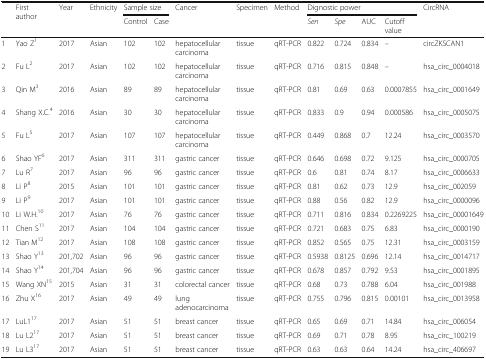
<table><thead><tr><td rowspan="2"></td><td rowspan="2"><b>First author</b></td><td rowspan="2"><b>Year</b></td><td rowspan="2"><b>Ethnicity</b></td><td colspan="2"><b>Sample size</b></td><td rowspan="2"><b>Cancer</b></td><td rowspan="2"><b>Specimen</b></td><td rowspan="2"><b>Method</b></td><td colspan="4"><b>Dignostic power</b></td><td rowspan="2"><b>CircRNA</b></td></tr><tr><td><b>Control</b></td><td><b>Case</b></td><td><b><i>Sen</i></b></td><td><b><i>Spe</i></b></td><td><b>AUC</b></td><td><b>Cutoff value</b></td></tr></thead><tbody><tr><td>1</td><td>Yao Z<sup>1</sup></td><td>2017</td><td>Asian</td><td>102</td><td>102</td><td>hepatocellular carcinoma</td><td>tissue</td><td>qRT-PCR</td><td>0.822</td><td>0.724</td><td>0.834</td><td>–</td><td>circZKSCAN1</td></tr><tr><td>2</td><td>Fu L<sup>2</sup></td><td>2017</td><td>Asian</td><td>102</td><td>102</td><td>hepatocellular carcinoma</td><td>tissue</td><td>qRT-PCR</td><td>0.716</td><td>0.815</td><td>0.848</td><td>–</td><td>hsa_circ_0004018</td></tr><tr><td>3</td><td>Qin M<sup>3</sup></td><td>2016</td><td>Asian</td><td>89</td><td>89</td><td>hepatocellular carcinoma</td><td>tissue</td><td>qRT-PCR</td><td>0.81</td><td>0.69</td><td>0.63</td><td>0.0007855</td><td>hsa_circ_0001649</td></tr><tr><td>4</td><td>Shang X.C.<sup>4</sup></td><td>2016</td><td>Asian</td><td>30</td><td>30</td><td>hepatocellular carcinoma</td><td>tissue</td><td>qRT-PCR</td><td>0.833</td><td>0.9</td><td>0.94</td><td>0.000586</td><td>hsa_circ_0005075</td></tr><tr><td>5</td><td>Fu L<sup>5</sup></td><td>2017</td><td>Asian</td><td>107</td><td>107</td><td>hepatocellular carcinoma</td><td>tissue</td><td>qRT-PCR</td><td>0.449</td><td>0.868</td><td>0.7</td><td>12.24</td><td>hsa_circ_0003570</td></tr><tr><td>6</td><td>Shao YF<sup>6</sup></td><td>2017</td><td>Asian</td><td>311</td><td>311</td><td>gastric cancer</td><td>tissue</td><td>qRT-PCR</td><td>0.646</td><td>0.698</td><td>0.72</td><td>9.125</td><td>hsa_circ_0000705</td></tr><tr><td>7</td><td>Lu R<sup>7</sup></td><td>2017</td><td>Asian</td><td>96</td><td>96</td><td>gastric cancer</td><td>tissue</td><td>qRT-PCR</td><td>0.6</td><td>0.81</td><td>0.74</td><td>8.17</td><td>hsa_circ_0006633</td></tr><tr><td>8</td><td>Li P<sup>8</sup></td><td>2015</td><td>Asian</td><td>101</td><td>101</td><td>gastric cancer</td><td>tissue</td><td>qRT-PCR</td><td>0.81</td><td>0.62</td><td>0.73</td><td>12.9</td><td>hsa_circ_002059</td></tr><tr><td>9</td><td>Li P<sup>9</sup></td><td>2017</td><td>Asian</td><td>101</td><td>101</td><td>gastric cancer</td><td>tissue</td><td>qRT-PCR</td><td>0.88</td><td>0.56</td><td>0.82</td><td>12.9</td><td>hsa_circ_0000096</td></tr><tr><td>10</td><td>Li W.H.<sup>10</sup></td><td>2017</td><td>Asian</td><td>76</td><td>76</td><td>gastric cancer</td><td>tissue</td><td>qRT-PCR</td><td>0.711</td><td>0.816</td><td>0.834</td><td>0.2269225</td><td>hsa_circ_00001649</td></tr><tr><td>11</td><td>Chen S<sup>11</sup></td><td>2017</td><td>Asian</td><td>104</td><td>104</td><td>gastric cancer</td><td>tissue</td><td>qRT-PCR</td><td>0.721</td><td>0.683</td><td>0.75</td><td>6.83</td><td>hsa_circ_0000190</td></tr><tr><td>12</td><td>Tian M<sup>12</sup></td><td>2017</td><td>Asian</td><td>108</td><td>108</td><td>gastric cancer</td><td>tissue</td><td>qRT-PCR</td><td>0.852</td><td>0.565</td><td>0.75</td><td>12.31</td><td>hsa_circ_0003159</td></tr><tr><td>13</td><td>Shao Y<sup>13</sup></td><td>201,702</td><td>Asian</td><td>96</td><td>96</td><td>gastric cancer</td><td>tissue</td><td>qRT-PCR</td><td>0.5938</td><td>0.8125</td><td>0.696</td><td>12.14</td><td>hsa_circ_0014717</td></tr><tr><td>14</td><td>Shao Y<sup>14</sup></td><td>201,704</td><td>Asian</td><td>96</td><td>96</td><td>gastric cancer</td><td>tissue</td><td>qRT-PCR</td><td>0.678</td><td>0.857</td><td>0.792</td><td>9.53</td><td>hsa_circ_0001895</td></tr><tr><td>15</td><td>Wang XN<sup>15</sup></td><td>2015</td><td>Asian</td><td>31</td><td>31</td><td>colorectal cancer</td><td>tissue</td><td>qRT-PCR</td><td>0.68</td><td>0.73</td><td>0.788</td><td>6.04</td><td>hsa_circ_001988</td></tr><tr><td>16</td><td>Zhu X<sup>16</sup></td><td>2017</td><td>Asian</td><td>49</td><td>49</td><td>lung adenocarcinoma</td><td>tissue</td><td>qRT-PCR</td><td>0.755</td><td>0.796</td><td>0.815</td><td>0.00101</td><td>hsa_circ_0013958</td></tr><tr><td>17</td><td>LuL1<sup>17</sup></td><td>2017</td><td>Asian</td><td>51</td><td>51</td><td>breast cancer</td><td>tissue</td><td>qRT-PCR</td><td>0.65</td><td>0.69</td><td>0.71</td><td>14.84</td><td>hsa_circ_006054</td></tr><tr><td>18</td><td>Lu L2<sup>17</sup></td><td>2017</td><td>Asian</td><td>51</td><td>51</td><td>breast cancer</td><td>tissue</td><td>qRT-PCR</td><td>0.69</td><td>0.71</td><td>0.78</td><td>8.95</td><td>hsa_circ_100219</td></tr><tr><td>19</td><td>Lu L3<sup>17</sup></td><td>2017</td><td>Asian</td><td>51</td><td>51</td><td>breast cancer</td><td>tissue</td><td>qRT-PCR</td><td>0.63</td><td>0.63</td><td>0.64</td><td>14.24</td><td>hsa_circ_406697</td></tr></tbody></table>